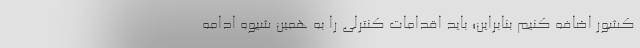
کشور اضافه کنیم بنابراین؛ باید اقدامات کنترلی را به همین شیوه ادامه